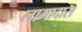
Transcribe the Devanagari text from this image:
लामादास